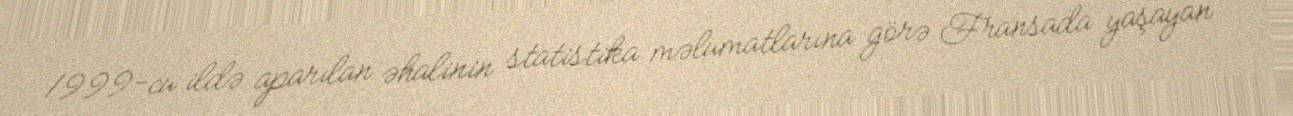
1999-cu ildə aparılan əhalinin statistika məlumatlarına görə Fransada yaşayan